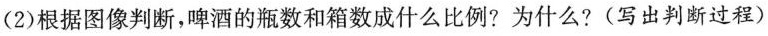
(2)根据图像判断，啤酒的瓶数和箱数成什么比例?为什么?(写出判断过程)